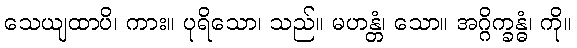
သေယျထာပိ၊ ကား။ ပုရိသော၊ သည်။ မဟန္တံ၊ သော။ အဂ္ဂိက္ခန္ဓံ၊ ကို။